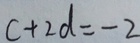
C + 2 d = - 2